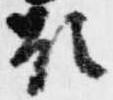
顕